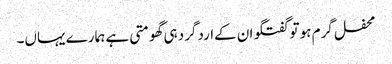
محفل گرم ہو تو گفتگو ان کےاردگرد ہی گھومتی ہے ہمارے یہاں۔